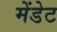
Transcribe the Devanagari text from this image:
मेंडेट